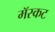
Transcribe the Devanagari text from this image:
मॅस्कट